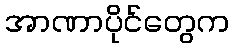
အာဏာပိုင်တွေက